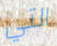
التي